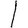
Digit: 1